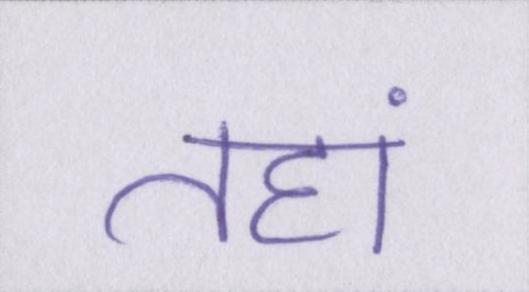
तहां